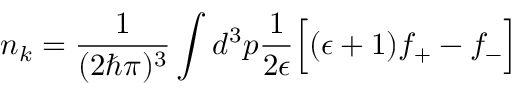
n _ { k } = \frac { 1 } { ( 2 \hbar \pi ) ^ { 3 } } \int d ^ { 3 } p \frac { 1 } { 2 \epsilon } \Big [ ( \epsilon + 1 ) f _ { + } - f _ { - } \Big ]